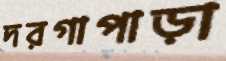
দরগাপাড়া